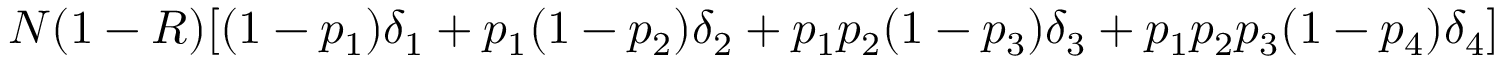
N ( 1 - R ) [ ( 1 - p _ { 1 } ) \delta _ { 1 } + p _ { 1 } ( 1 - p _ { 2 } ) \delta _ { 2 } + p _ { 1 } p _ { 2 } ( 1 - p _ { 3 } ) \delta _ { 3 } + p _ { 1 } p _ { 2 } p _ { 3 } ( 1 - p _ { 4 } ) \delta _ { 4 } ]